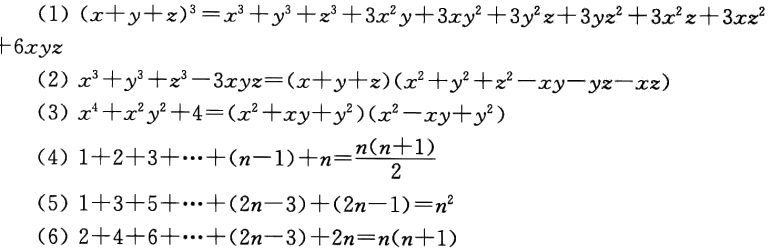
(1) \((x + y+z)^{3}=x^{3}+y^{3}+z^{3}+3x^{2}y + 3xy^{2}+3y^{2}z+3yz^{2}+3x^{2}z + 3xz^{2}+6xyz\)
(2) \(x^{3}+y^{3}+z^{3}-3xyz=(x + y + z)(x^{2}+y^{2}+z^{2}-xy-yz - xz)\)
(3) \(x^{4}+x^{2}y^{2}+4=(x^{2}+xy + y^{2})(x^{2}-xy + y^{2})\)
(4) \(1 + 2+3+\cdots+(n - 1)+n=\frac{n(n + 1)}{2}\)
(5) \(1+3 + 5+\cdots+(2n-3)+(2n - 1)=n^{2}\)
(6) \(2 + 4+6+\cdots+(2n-3)+2n=n(n + 1)\)